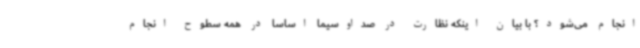
انجام می‌شود؟ با بیان اینکه نظارت در صداوسیما اساساً در همه سطوح انجام